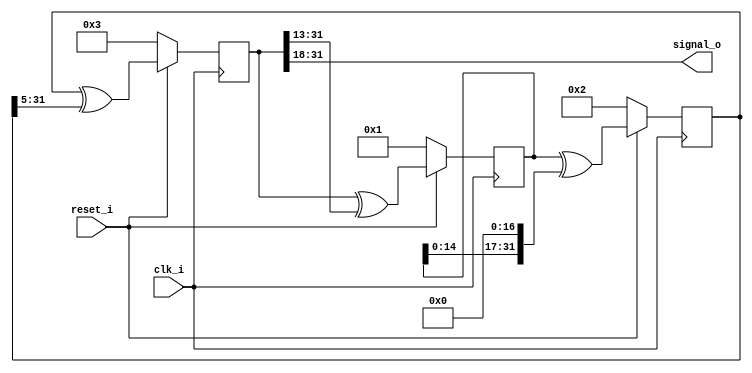
module red_pitaya_prng_xor #(
    parameter     B1 = 13,
    parameter     B2 = 17,
    parameter     B3 = 5,
    parameter     SEED1 = 1,
    parameter     SEED2 = 2,
    parameter     SEED3 = 3,
    parameter     STATEBITS = 32,
    parameter     OUTBITS   = 14
)
(
    input clk_i,
    input reset_i  ,
    output signed [OUTBITS-1:0] signal_o
);
reg [STATEBITS-1:0] x1;
reg [STATEBITS-1:0] x2;
reg [STATEBITS-1:0] x3;
always @(posedge clk_i) begin
  if (reset_i == 1'b0) begin
     x1 <= SEED1;
     x2 <= SEED2;
     x3 <= SEED3;
  end
  else begin
     x1 <= x3 ^ (x3 >> B1);
     x2 <= x1 ^ (x1 << B2);
     x3 <= x2 ^ (x2 >> B3);
  end
end
assign signal_o = x3[STATEBITS-1:STATEBITS-OUTBITS];
endmodule